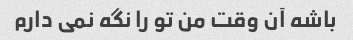
باشه آن وقت من تو را نگه نمی دارم